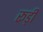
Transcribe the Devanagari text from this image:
रूड़ी